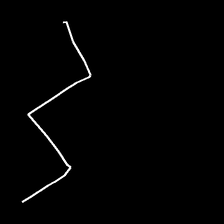
Glyph: crush